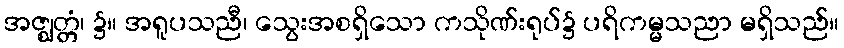
အဇ္ဈတ္တံ၊ ၌။ အရူပသညီ၊ သွေးအစရှိသော ကသိုဏ်းရုပ်၌ ပရိကမ္မသညာ မရှိသည်။